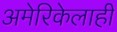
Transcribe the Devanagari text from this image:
अमेरिकेलाही